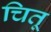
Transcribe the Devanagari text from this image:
चितू